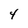
Character: 4